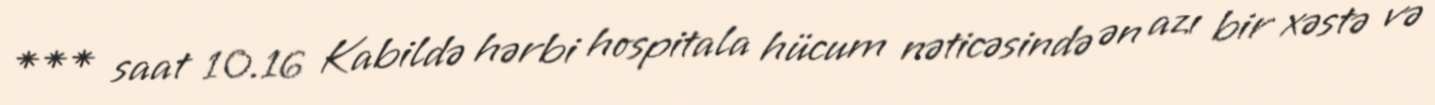
*** saat 10.16 Kabildə hərbi hospitala hücum nəticəsində ən azı bir xəstə və